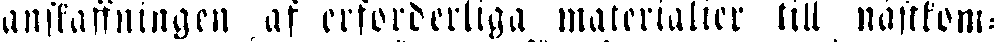
anskaffningen af erforderliga materialier till nästkom-